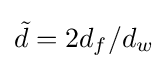
{\tilde {d}}=2d_{f}/d_{w}